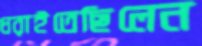
ধরাইতেছিলেন